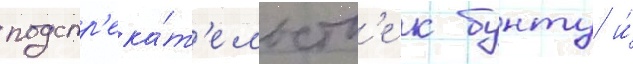
подстр'ека́т'ельств'е к бунту и́